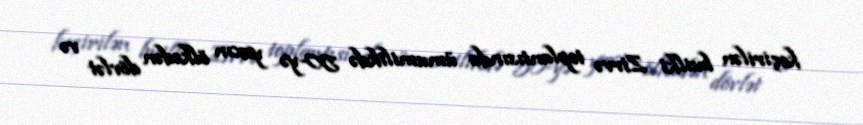
keçirilən builki Zirvə toplantısında ümumilikdə 50-yə yaxın ölkədən dövlət və